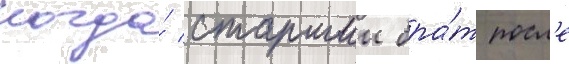
когда́ старшии бра́т посл'е